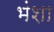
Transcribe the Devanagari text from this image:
भंशा